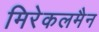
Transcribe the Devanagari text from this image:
मिरेकलमैन